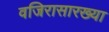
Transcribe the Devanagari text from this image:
वजिरासारख्या